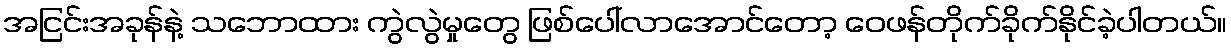
အငြင်းအခုန်နဲ့ သဘောထား ကွဲလွဲမှုတွေ ဖြစ်ပေါ်လာအောင်တော့ ဝေဖန်တိုက်ခိုက်နိုင်ခဲ့ပါတယ်။